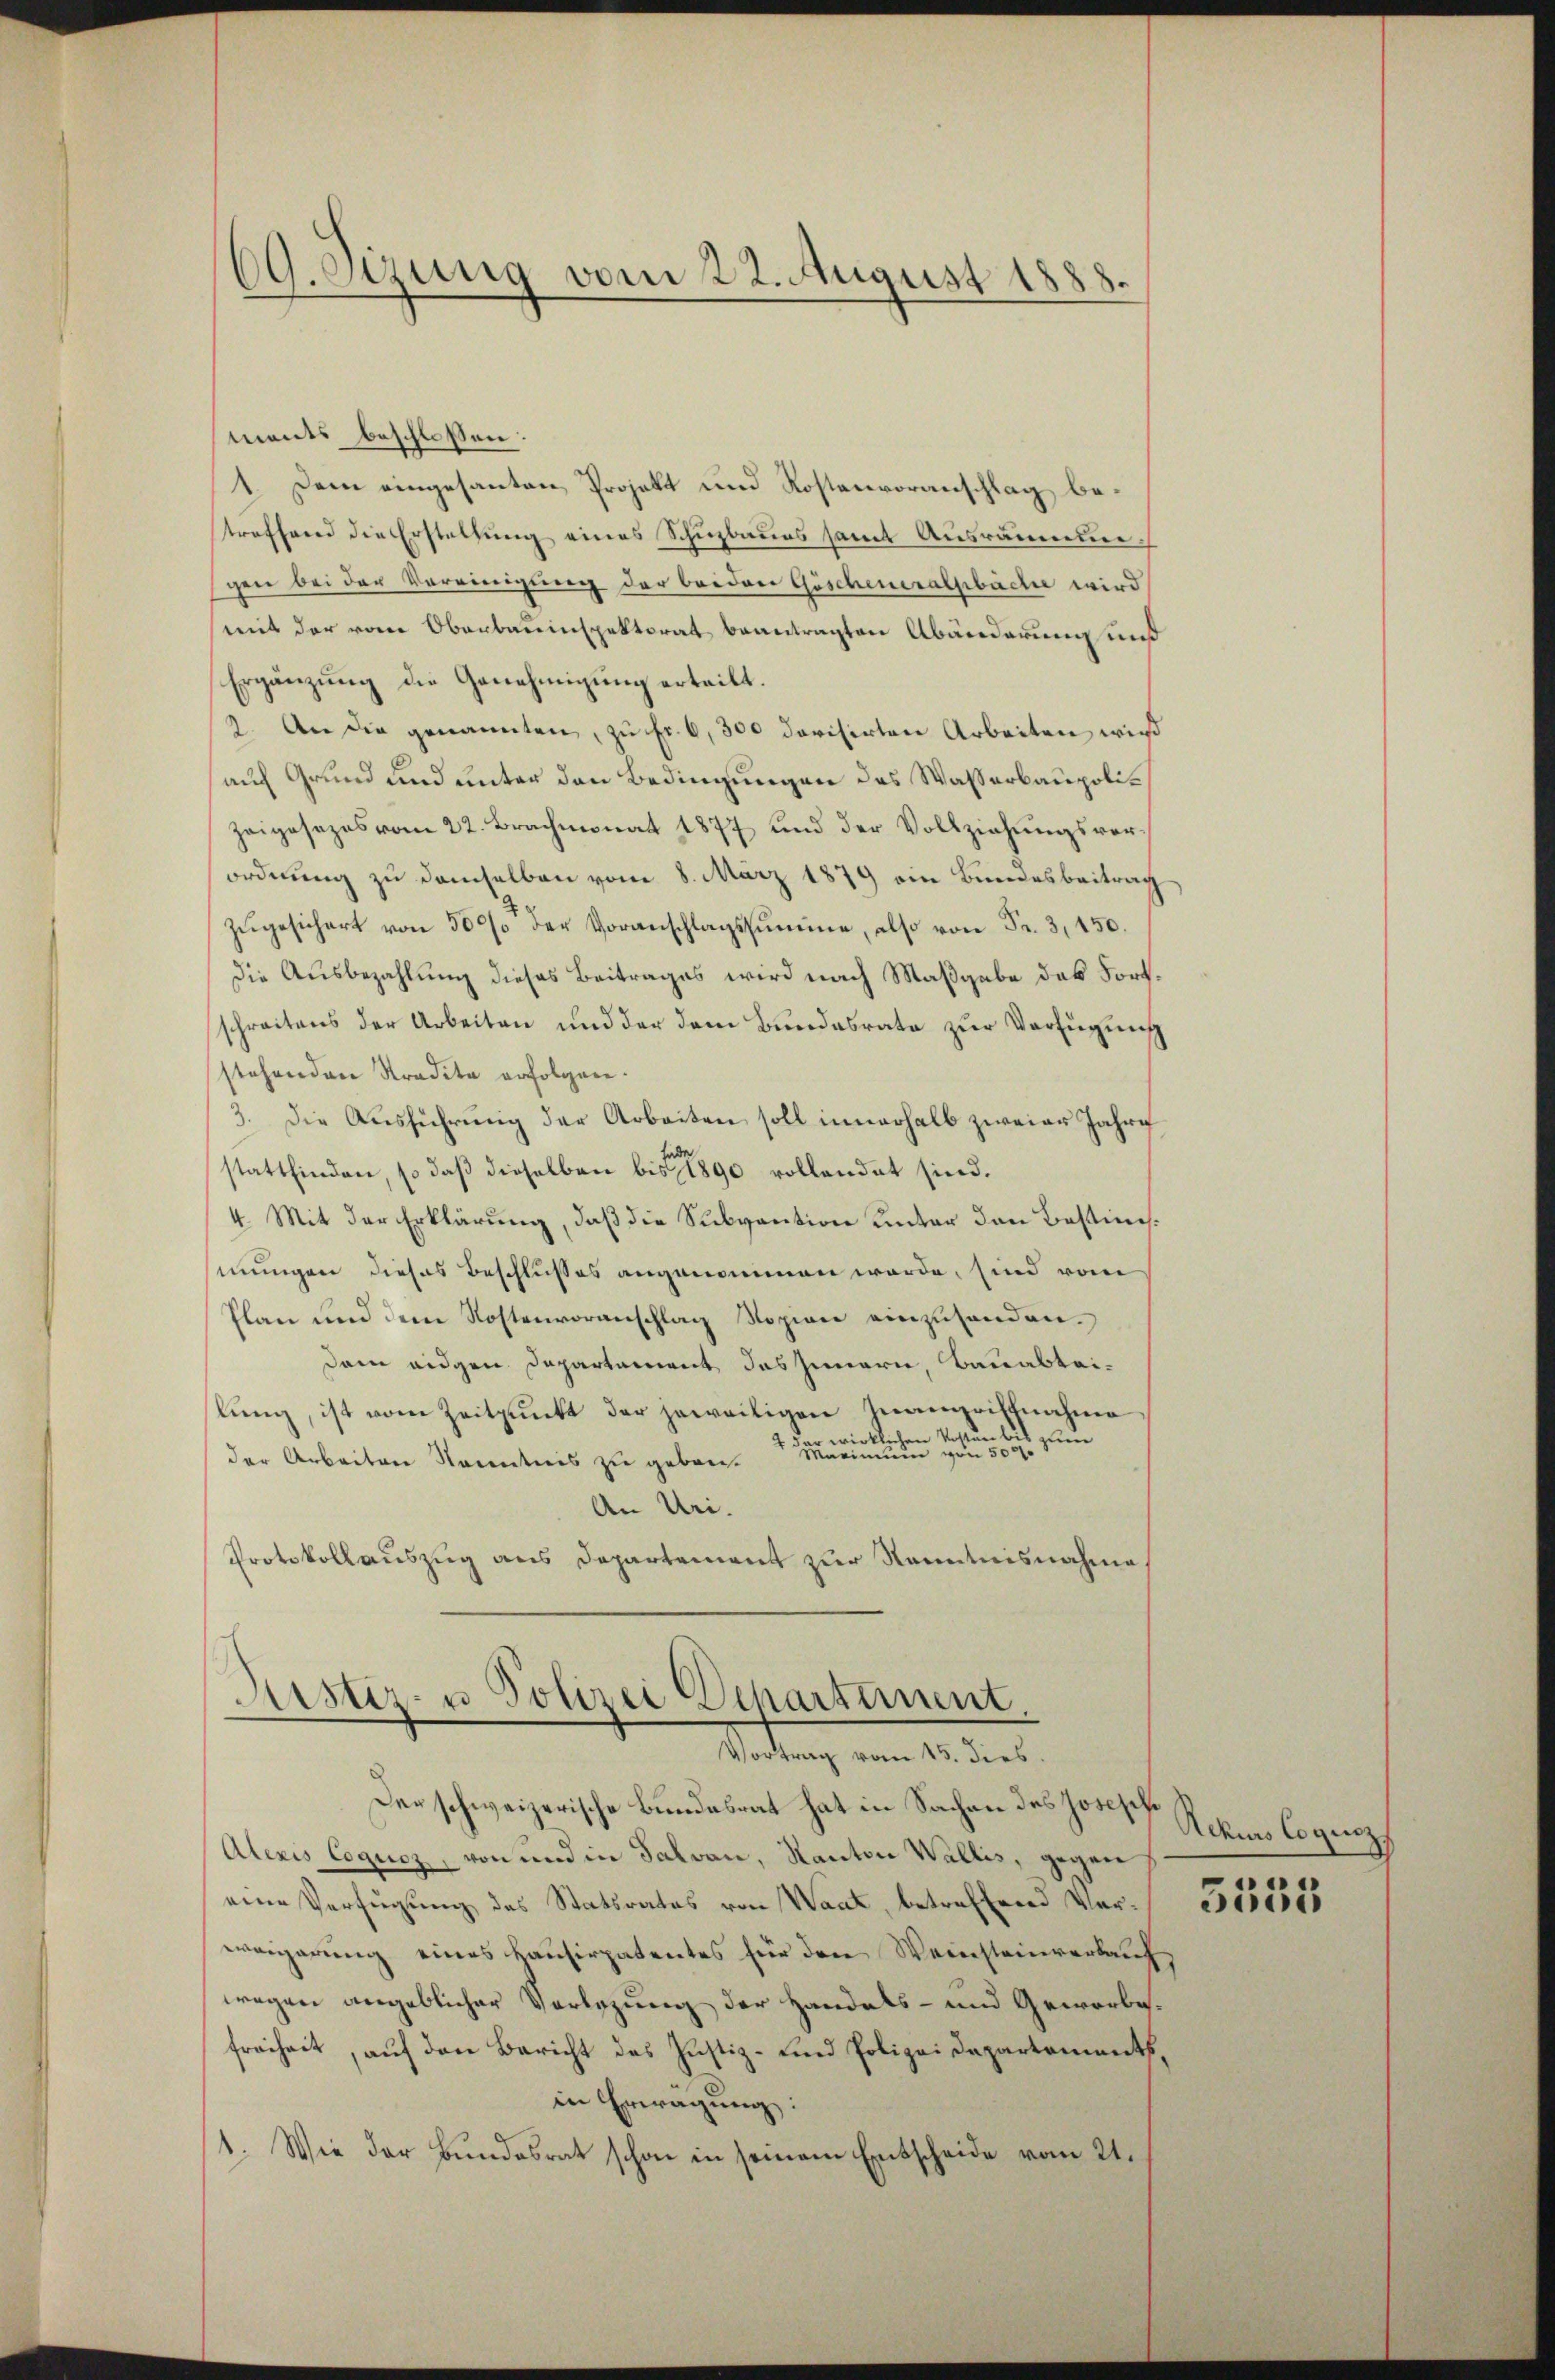
69. Sizung vom 22. August 1888.

ments beschlossen:
1. Dem eingesanten Projekt und Kostenvoranschlag betreffend die Erstellung eines Schuzbaues samt Ausräume.
gen bei der Vereinigung der beiden Göscheneralpbäche wird
mit der vom Oberbauinspektorat beantragten Abänderung und
Ergänzung die Genehmigung erteilt.
2. An die genannten, zu Fr. 6, 300 darisirten Arbeiten wird
auf Grund und unter den Bedingungen des Wasserbaupoli¬
Zeigesezes vom 22. Brachmonat 1877 und der Vollziehungsvorordnung zu demselben vom 8. März 1879 ein Bundesbeitrag
zŭgesichert von 30% der Voranschlagssumme, also von Fr. 3, 450.
die Ausbezahlung dieses Beitrages wird nach Maßgabe das Fortschreitens der Arbeiten und der dem Bundesrate zur Verfügung
stehenden Stradita erfolgen.
3. Die Ausführung der Arbeiten soll innerhalb zweier Jahre
stattfinden, so daß dieselben bis 1 1890 vollendet sind.
4. Mit der Erklärung, daß die Subvention unter den Bestimmungen dieses Beschlußes angenommen werde, sind vom
Plan und dem Rostenvoranschlag Kopien einzusenden.
dam eidgen. Departement des Innern, Bauabteilung, ist vom Zeitpunkt der jeweiligen Zwangacknahme
wirklich kosten bis
2
der Arbeiten Kenntnis zu geben. Maximum von 500
An Uri.
Protokollauszug aus Departement zur Kenntnisnahme

Aistir- u Polizei Departement,
etung vom 1. der

Der schweizerische Bundesrat hat in Sachen des Joseph
Alexis Coqucz, von und in Salvan, Kanton Wallis, gegen
eine Verfügung des Statsrates von Waat, betreffend Verweigerung eines Hausirpatentes für den Weinsteinverlauf
wegen angeblicher Vorlegung der Handels- und Geworbefreiheit, auf den Bericht des Justiz- und Polizei Departementsin Erwägung:
1. Wie der Bundesrat schon in seinem Entscheide vom 21.

Ackurs Coqucz
3555